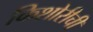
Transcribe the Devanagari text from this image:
किशोरीची